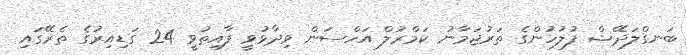
ބަނގްލަދޭޝް ފުލުހުންގެ ތަރުޖަމާނު ކަމްރުލް އަހްސަން ވިދާޅުވީ ފާއިތުވީ 24 ގަޑިއިރުގެ ތެރޭގައި